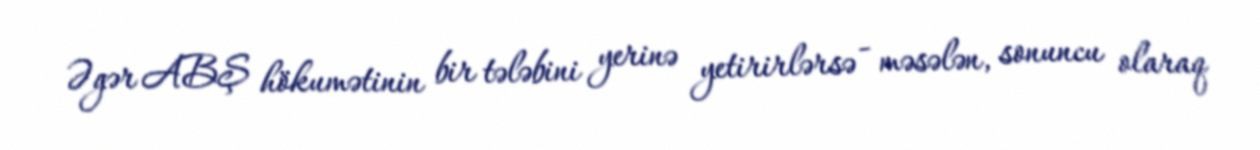
Əgər ABŞ hökumətinin bir tələbini yerinə yetirirlərsə - məsələn, sonuncu olaraq